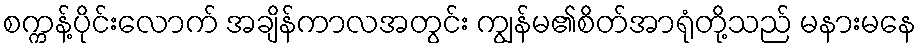
စက္ကန့်ပိုင်းလောက် အချိန်ကာလအတွင်း ကျွန်မ၏စိတ်အာရုံတို့သည် မနားမနေ